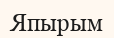
Япырым